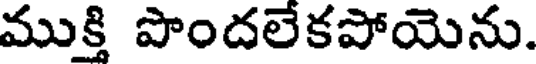
ముక్తి పొందలేకపోయెను.